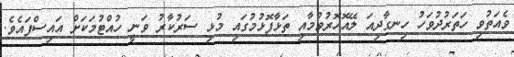
ވެއަތުވި ހަތަރުދުވަހު ހިނގާދިއަ ލޭއޮހޮރުވުމާއި ތަޅާފޮޅުމުގައި މުޅި ސަރުކާރު ވަނީ ހުއްޓުމަކަށް އައިސްފައެވެ.